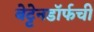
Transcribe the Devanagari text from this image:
बेट्टेनडॉर्फची